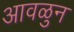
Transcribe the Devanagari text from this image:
आवळुन